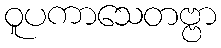
ဝူပကာသေတဗ္ဗာ